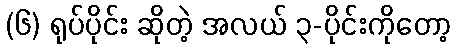
(၆) ရုပ်ပိုင်း ဆိုတဲ့ အလယ် ၃-ပိုင်းကိုတော့